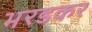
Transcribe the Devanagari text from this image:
भरडकर